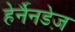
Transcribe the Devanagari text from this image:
हेर्नैनडेज़